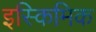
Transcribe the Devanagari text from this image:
इस्किमिक